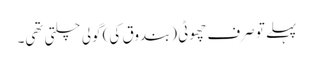
پہلے تو صرف چھوٹی (بندوق کی) گولی چلتی تھی۔